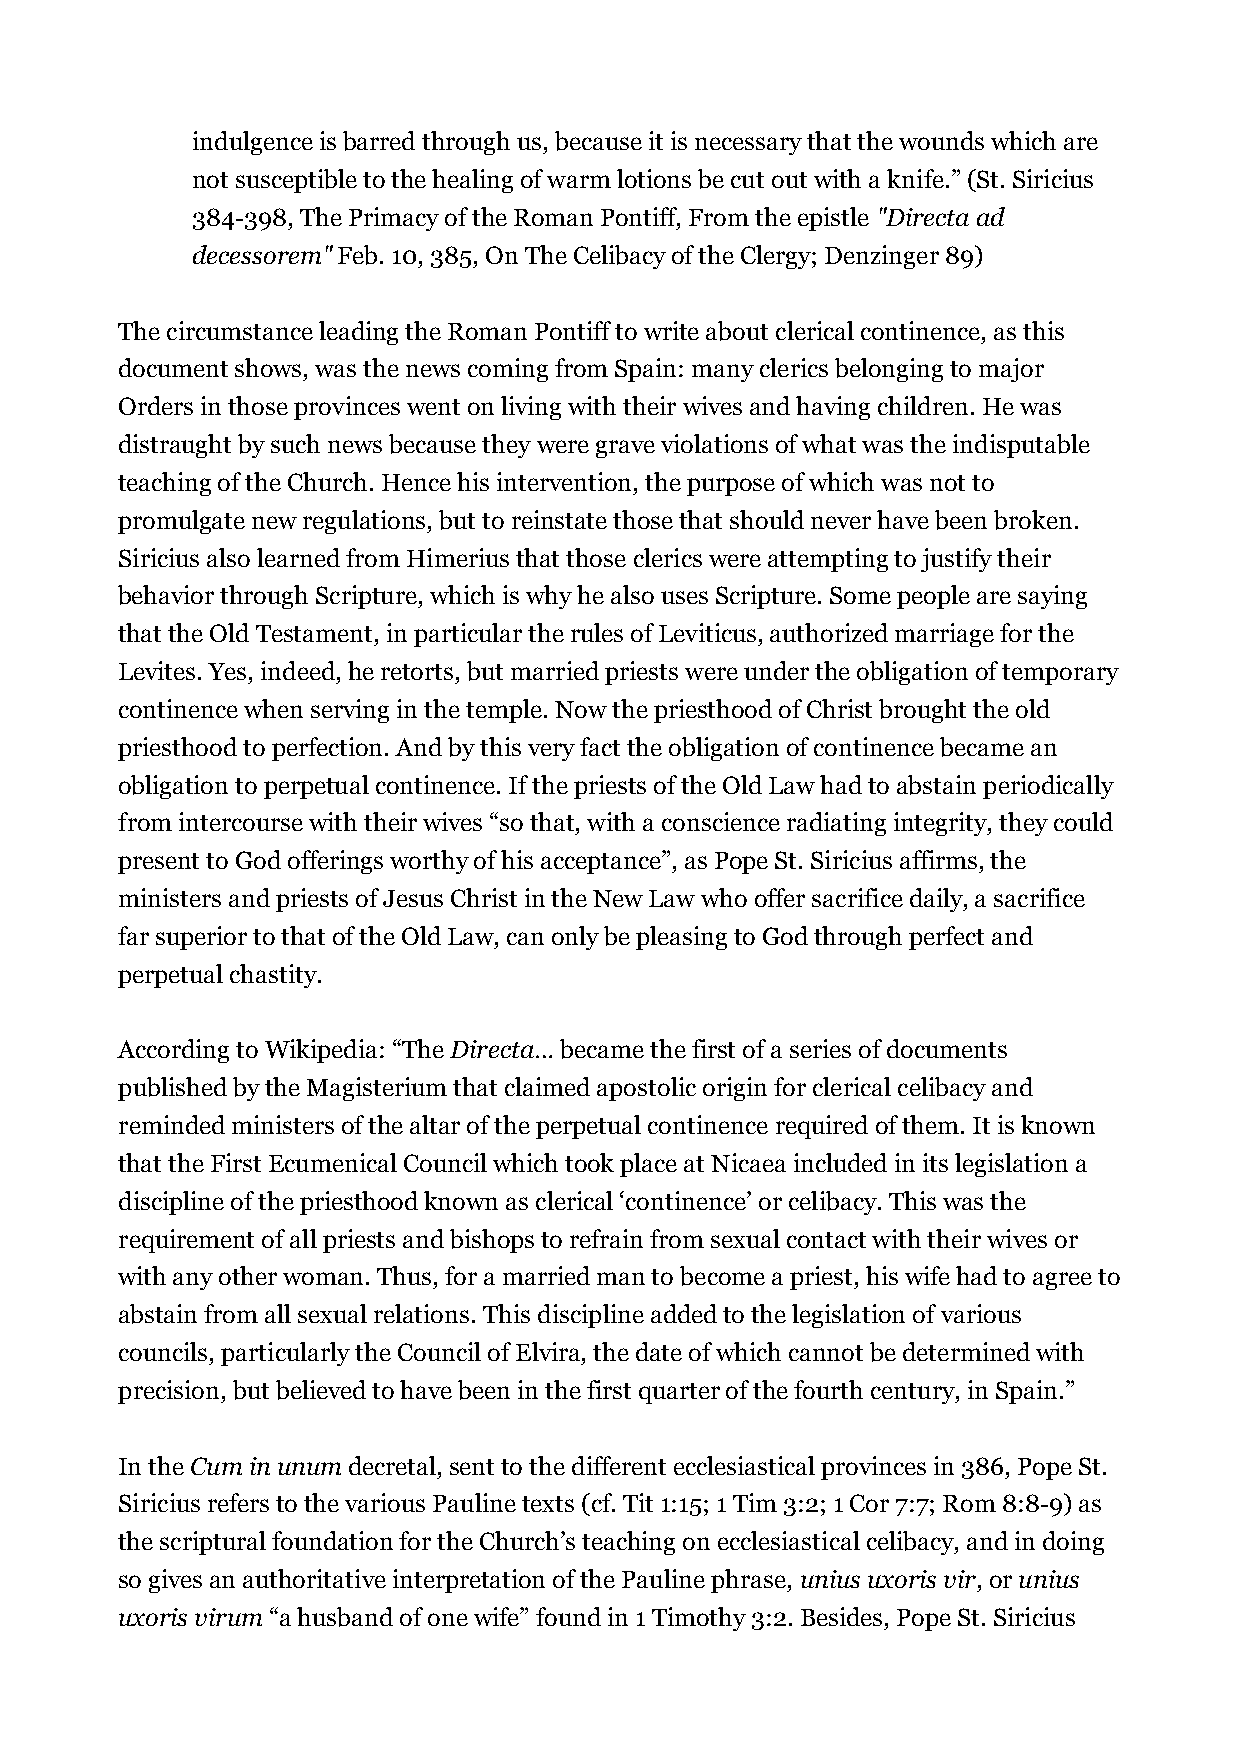
indulgence is barred through us, because it is necessary that the wounds which are
 not susceptible to the healing of warm lotions be cut out with a knife.” (St. Siricius
 384-398, The Primacy of the Roman Pontiff, From the epistle "Directa ad
 decessorem" Feb. 10, 385, On The Celibacy of the Clergy; Denzinger 89)
 The circumstance leading the Roman Pontiff to write about clerical continence, as this
 document shows, was the news coming from Spain: many clerics belonging to major
 Orders in those provinces went on living with their wives and having children. He was
 distraught by such news because they were grave violations of what was the indisputable
 teaching of the Church. Hence his intervention, the purpose of which was not to
 promulgate new regulations, but to reinstate those that should never have been broken.
 Siricius also learned from Himerius that those clerics were attempting to justify their
 behavior through Scripture, which is why he also uses Scripture. Some people are saying
 that the Old Testament, in particular the rules of Leviticus, authorized marriage for the
 Levites. Yes, indeed, he retorts, but married priests were under the obligation of temporary
 continence when serving in the temple. Now the priesthood of Christ brought the old
 priesthood to perfection. And by this very fact the obligation of continence became an
 obligation to perpetual continence. If the priests of the Old Law had to abstain periodically
 from intercourse with their wives “so that, with a conscience radiating integrity, they could
 present to God offerings worthy of his acceptance”, as Pope St. Siricius affirms, the
 ministers and priests of Jesus Christ in the New Law who offer sacrifice daily, a sacrifice
 far superior to that of the Old Law, can only be pleasing to God through perfect and
 perpetual chastity.
 According to Wikipedia: “The Directa… became the first of a series of documents
 published by the Magisterium that claimed apostolic origin for clerical celibacy and
 reminded ministers of the altar of the perpetual continence required of them. It is known
 that the First Ecumenical Council which took place at Nicaea included in its legislation a
 discipline of the priesthood known as clerical ‘continence’ or celibacy. This was the
 requirement of all priests and bishops to refrain from sexual contact with their wives or
 with any other woman. Thus, for a married man to become a priest, his wife had to agree to
 abstain from all sexual relations. This discipline added to the legislation of various
 councils, particularly the Council of Elvira, the date of which cannot be determined with
 precision, but believed to have been in the first quarter of the fourth century, in Spain.”
 In the Cum in unum decretal, sent to the different ecclesiastical provinces in 386, Pope St.
 Siricius refers to the various Pauline texts (cf. Tit 1:15; 1 Tim 3:2; 1 Cor 7:7; Rom 8:8-9) as
 the scriptural foundation for the Church’s teaching on ecclesiastical celibacy, and in doing
 so gives an authoritative interpretation of the Pauline phrase, unius uxoris vir, or unius
 uxoris virum “a husband of one wife” found in 1 Timothy 3:2. Besides, Pope St. Siricius